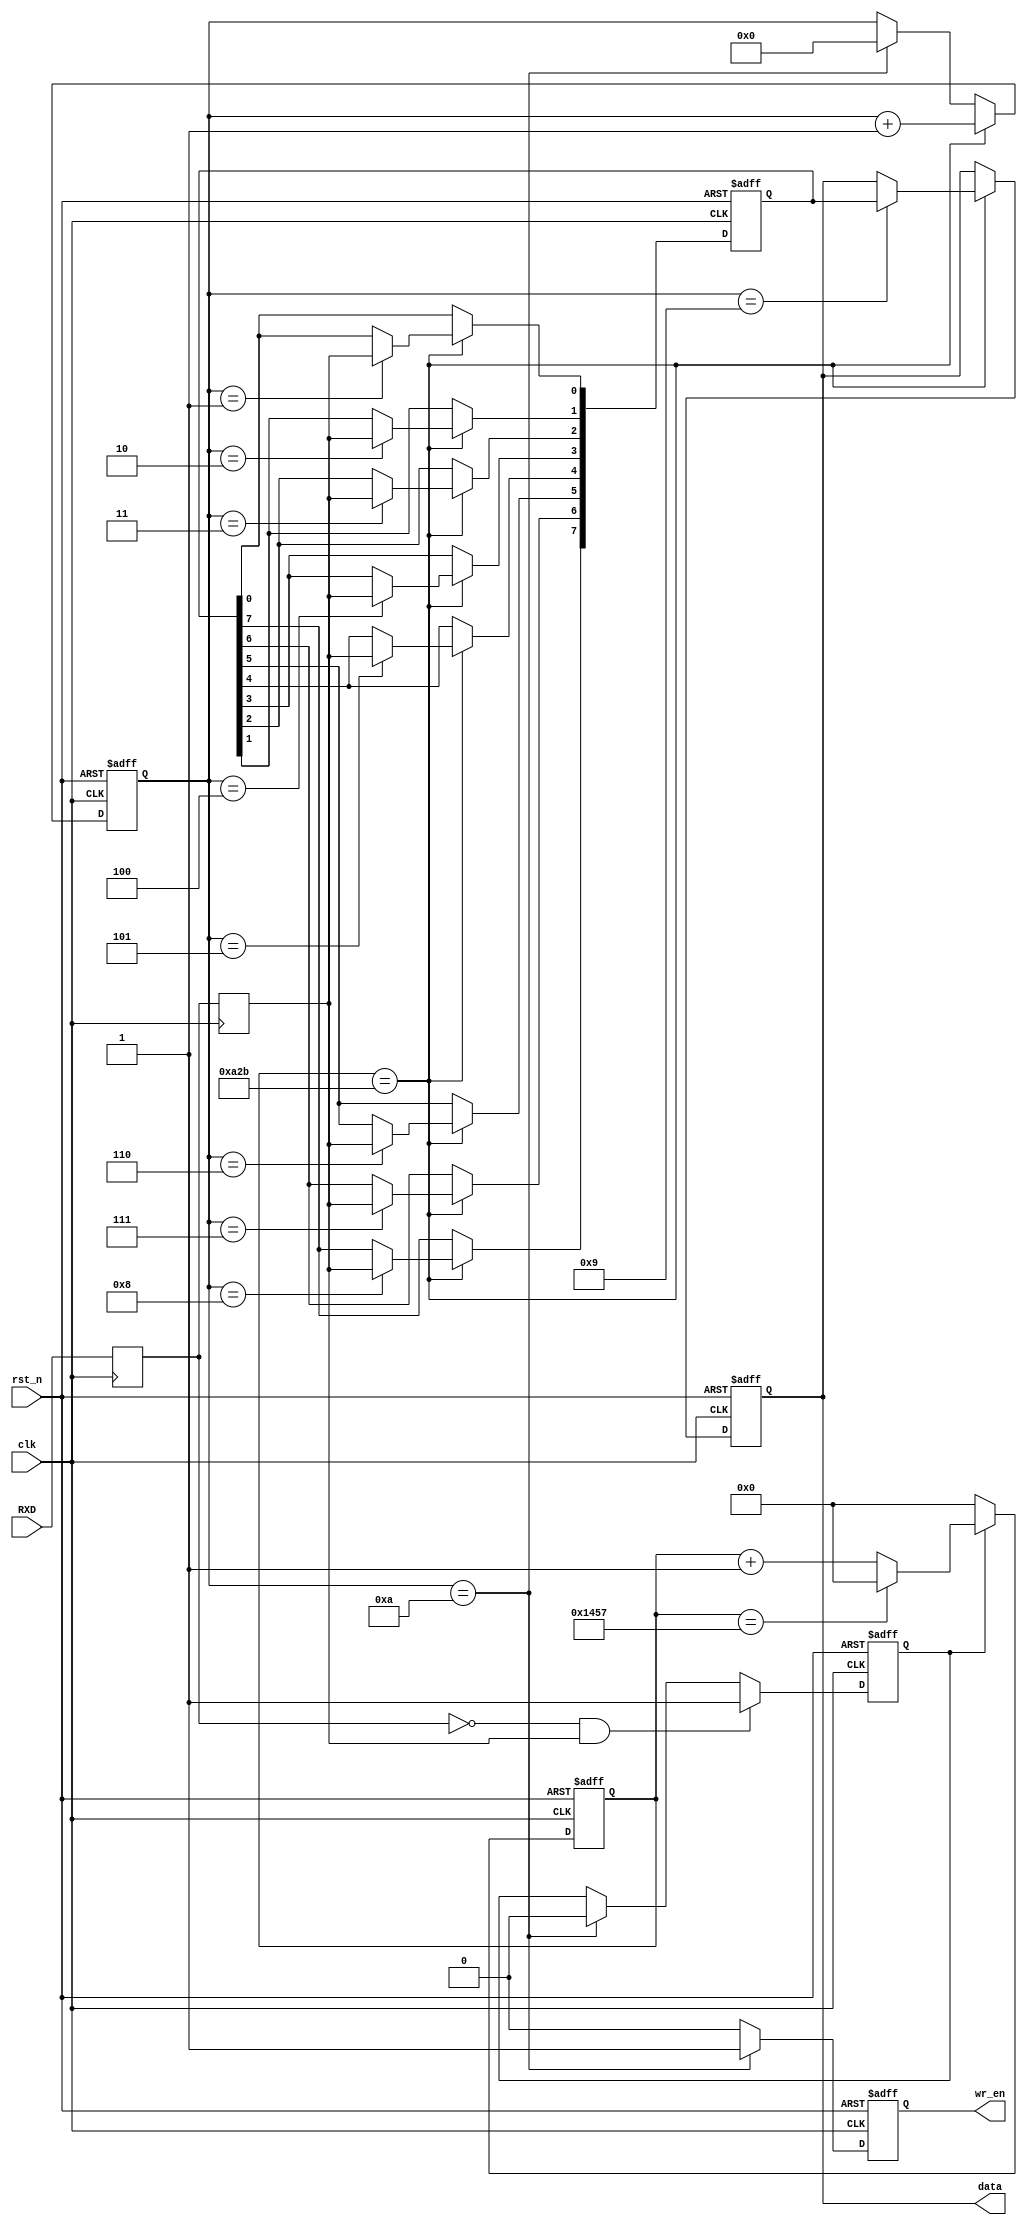
`timescale 1ns / 1ps
//////////////////////////////////////////////////////////////////////////////////
// Company: 
// Engineer: 
// 
// Design Name: 
// Module Name: uart_rx
// Project Name: 
// Target Devices: 
// Tool Versions: 
// Description: 
// 
// Dependencies: 
// 
// Revision:
// Revision 0.01 - File Created
// Additional Comments:
// 
//////////////////////////////////////////////////////////////////////////////////


module uart_rx(
  
  input     wire           clk,
  input     wire           rst_n,
  input     wire           RXD,
  output     reg    [7:0]       data,
  output     reg           wr_en
);

  parameter t = 5208;

  reg     [14:0]      cnt;
  reg             flag;
  reg             rxd_r, rxd_rr;
  wire             rx_en;
  reg     [3:0]      num;
  reg     [7:0]      data_r;
  
  always @ (posedge clk) rxd_r <= RXD;
  always @ (posedge clk) rxd_rr <= rxd_r;
  
  assign rx_en = (~rxd_r) & rxd_rr;
  
  always @ (posedge clk, negedge rst_n)
  begin
    if(rst_n == 1'b0)
      cnt <= 15'd0;
    else if(flag)
      begin
        if(cnt == t - 1)
          cnt <= 15'd0;
        else
          cnt <= cnt + 1'b1;
      end
    else
      cnt <= 15'd0;
  end
  
  always @ (posedge clk, negedge rst_n)
  begin
    if(rst_n == 1'b0)
      flag <= 1'b0;
    else if(rx_en)
      flag <= 1'b1;
    else if(num == 4'd10)
      flag <= 1'b0;
    else
      flag <= flag;
  end
  
  always @ (posedge clk, negedge rst_n)
  begin
    if(rst_n == 1'b0)
      num <= 4'd0;
    else if(cnt == t / 2 - 1)
      num <= num + 1'b1;
    else if(num == 4'd10)
      num <= 4'd0;
    else
      num <= num;
  end
  
  always @ (posedge clk, negedge rst_n)
  begin
    if(rst_n == 1'b0)
      begin
        data_r <= 8'd0;
        data <= 8'd0;
      end
    else if(cnt == t / 2 - 1)
      case(num)
        4'd0  :  ;
        4'd1  :  data_r[0] <= rxd_rr;
        4'd2  :  data_r[1] <= rxd_rr;
        4'd3  :  data_r[2] <= rxd_rr;
        4'd4  :  data_r[3] <= rxd_rr;
        4'd5  :  data_r[4] <= rxd_rr;
        4'd6  :  data_r[5] <= rxd_rr;
        4'd7  :  data_r[6] <= rxd_rr;
        4'd8  :  data_r[7] <= rxd_rr;
        4'd9  :  data <= data_r;
        default  :  data <= data;
      endcase
  end
  
  always @ (posedge clk, negedge rst_n)
  begin
    if(rst_n == 1'b0)
      wr_en <= 1'b0;
    else if(num == 4'd10)
      wr_en <= 1'b1;
    else
      wr_en <= 1'b0;
  end

endmodule